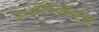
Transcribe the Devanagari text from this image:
काशीविश्‍वेश्‍वर